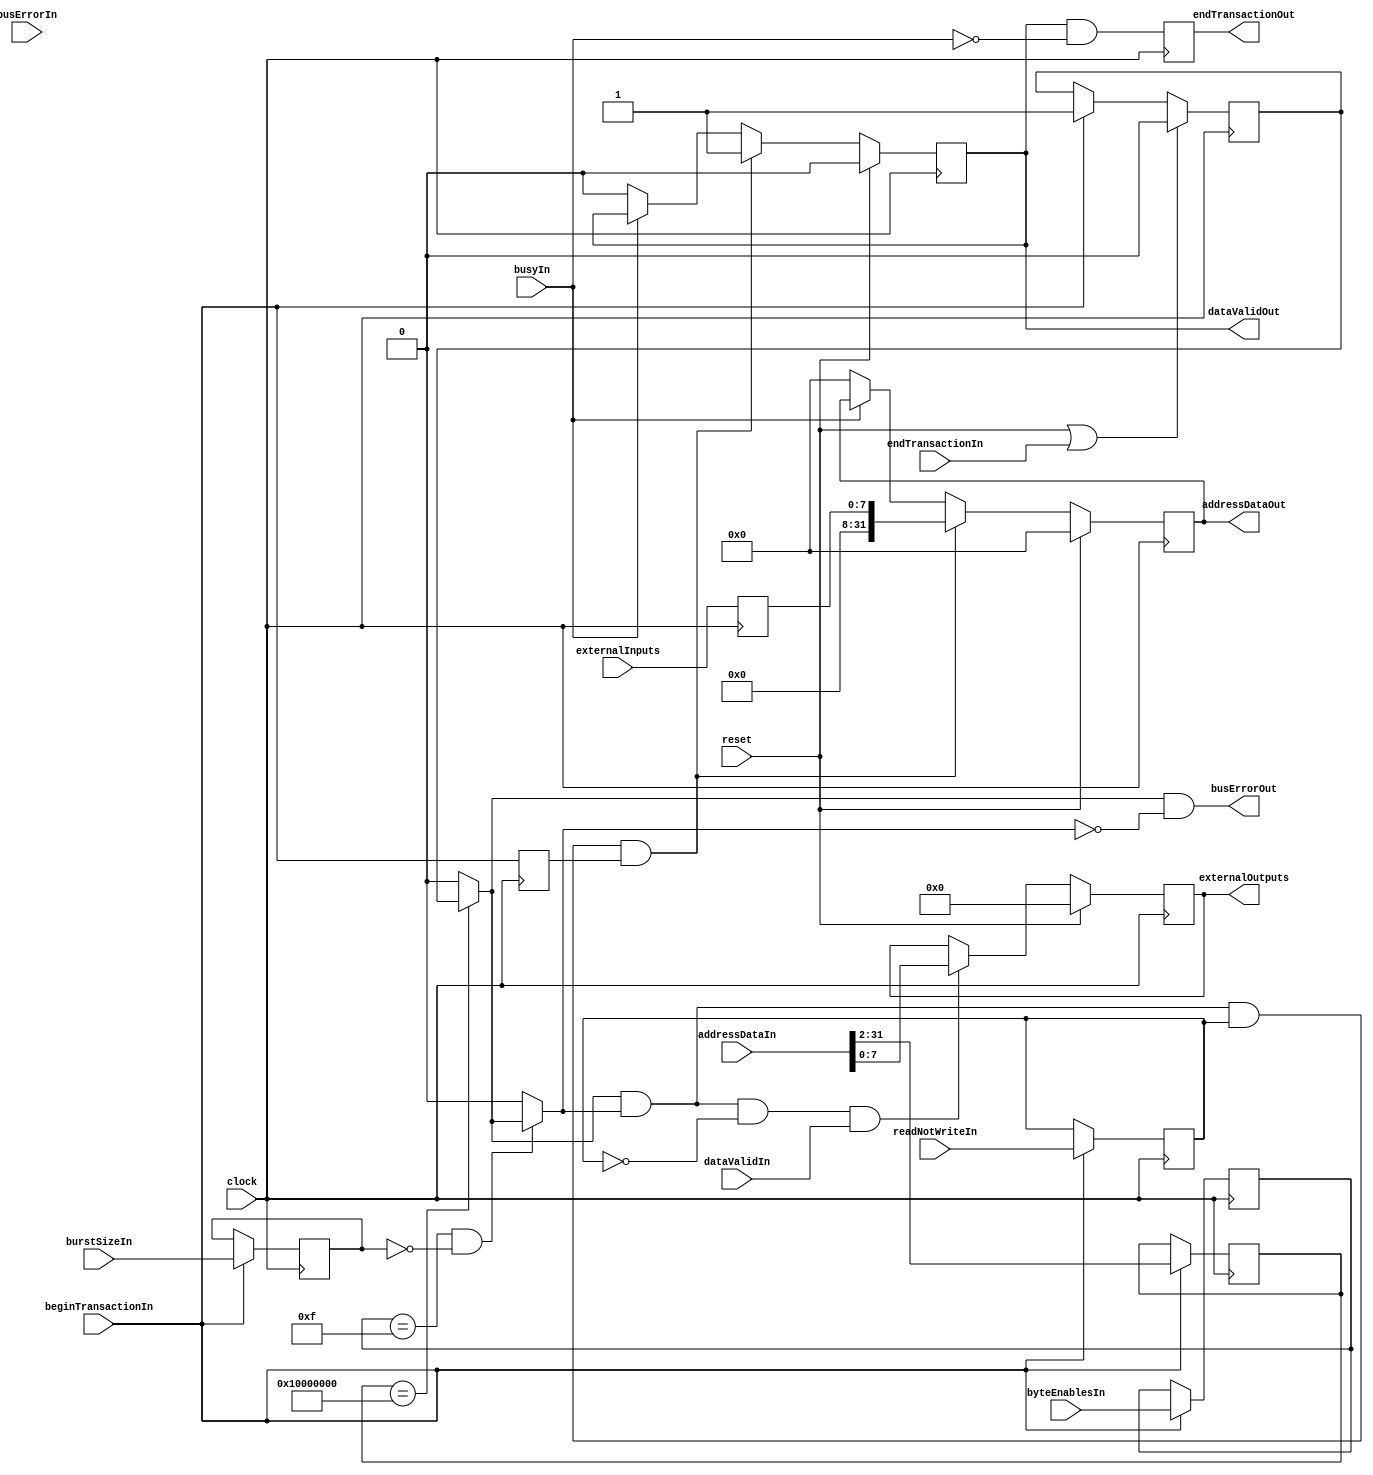
module gpio #(parameter        nrOfInputs = 8,
              parameter        nrOfOutputs = 8,
              parameter [31:0] Base = 32'h40000000)
            ( input wire                    clock,
                                            reset,
              input wire [nrOfInputs-1:0]   externalInputs,
              output wire [nrOfOutputs-1:0] externalOutputs,

              // here the bus interface is defined
              input wire         beginTransactionIn,
                                 endTransactionIn,
                                 readNotWriteIn,
                                 dataValidIn,
                                 busErrorIn,
                                 busyIn,
              input wire [31:0]  addressDataIn,
              input wire [3:0]   byteEnablesIn,
              input wire [7:0]   burstSizeIn,
              output wire        endTransactionOut,
                                 dataValidOut,
                                 busErrorOut,
              output wire [31:0] addressDataOut);

  /*
   *
   * Here we flipflop all bus signals and define a "transaction active" indicator
   *
   */
  reg        s_transactionActiveReg, s_readNotWriteReg, s_beginTransactionReg;
  reg [31:2] s_addressDataInReg;
  reg [3:0]  s_byteEnablesReg;
  reg [7:0]  s_burstSizeReg;
  
  always @(posedge clock)
    begin
      s_beginTransactionReg  <= beginTransactionIn;
      s_transactionActiveReg <= (reset == 1'b1 || endTransactionIn == 1'b1) ? 1'b0 :
                                (beginTransactionIn == 1'b1) ? 1'b1 : s_transactionActiveReg;
      s_readNotWriteReg      <= (beginTransactionIn == 1'b1) ? readNotWriteIn : s_readNotWriteReg;
      s_addressDataInReg     <= (beginTransactionIn == 1'b1) ? addressDataIn[31:2] : s_addressDataInReg;
      s_byteEnablesReg       <= (beginTransactionIn == 1'b1) ? byteEnablesIn : s_byteEnablesReg;
      s_burstSizeReg         <= (beginTransactionIn == 1'b1) ? burstSizeIn : s_burstSizeReg;
    end
  
  /*
   *
   * Here we determine the control and error signals
   *
   */
  wire s_isMyAction      = (s_addressDataInReg == Base[31:2]) ? s_transactionActiveReg : 1'b0;
  wire s_isCorrectAction = (s_byteEnablesReg == 4'hF && s_burstSizeReg == 8'd0) ? s_isMyAction : 1'b0;
  wire s_isWriteAction   = s_isMyAction & s_isCorrectAction & ~s_readNotWriteReg;
  wire s_isReadAction    = s_isMyAction & s_isCorrectAction & s_readNotWriteReg;
  
  assign busErrorOut = s_isMyAction & ~s_isCorrectAction;
  
  /*
   *
   * Here we define the write action
   *
   */
  reg [nrOfOutputs-1:0] s_externalOutputsReg;
  
  assign externalOutputs = s_externalOutputsReg;
  
  always @(posedge clock)
    s_externalOutputsReg <= (reset == 1'b1) ? {nrOfOutputs{1'b0}} :
                            (s_isWriteAction == 1'b1 && dataValidIn == 1'b1) ? addressDataIn[nrOfOutputs-1:0] :
                            s_externalOutputsReg;

  /*
   *
   * Here we define the input signals
   *
   */
  reg [nrOfInputs-1:0] s_externalInputsReg;
  reg s_dataValidOutReg, s_endTransReg;
  reg [31:0] s_addressDataOutReg;
  
  assign dataValidOut      = s_dataValidOutReg;
  assign endTransactionOut = s_endTransReg;
  assign addressDataOut    = s_addressDataOutReg;
  
  always @(posedge clock) 
    begin
      s_externalInputsReg <= externalInputs;
      s_dataValidOutReg   <= (reset == 1'b1) ? 1'b0 :
                             (s_isReadAction == 1'b1 && s_beginTransactionReg == 1'b1) ? 1'b1 :
                             (busyIn == 1'b1) ? s_dataValidOutReg : 1'b0;
      s_addressDataOutReg <= (reset == 1'b1) ? 32'd0 :
                             (s_isReadAction == 1'b1 && s_beginTransactionReg == 1'b1) ? { {(32-nrOfOutputs){1'b0}} , s_externalInputsReg } :
                             (busyIn == 1'b1) ? s_addressDataOutReg : 32'd0;
      s_endTransReg       <= s_dataValidOutReg & ~busyIn;
    end               
endmodule